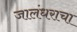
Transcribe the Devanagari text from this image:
जालंधराचा